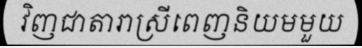
វិញជាតារាស្រីពេញនិយមមួយ